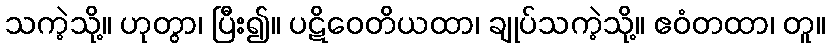
သကဲ့သို့။ ဟုတွာ၊ ပြီး၍။ ပဋိဝေတိယထာ၊ ချုပ်သကဲ့သို့။ ဧဝံတထာ၊ တူ။